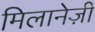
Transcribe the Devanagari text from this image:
मिलानेज़ी